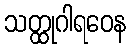
သတ္ထုဂါရဝေန